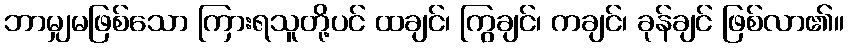
ဘာမျှမဖြစ်သော ကြားရသူတို့ပင် ထချင်၊ ကြွချင်၊ ကချင်၊ ခုန်ချင် ဖြစ်လာ၏။